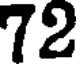
72